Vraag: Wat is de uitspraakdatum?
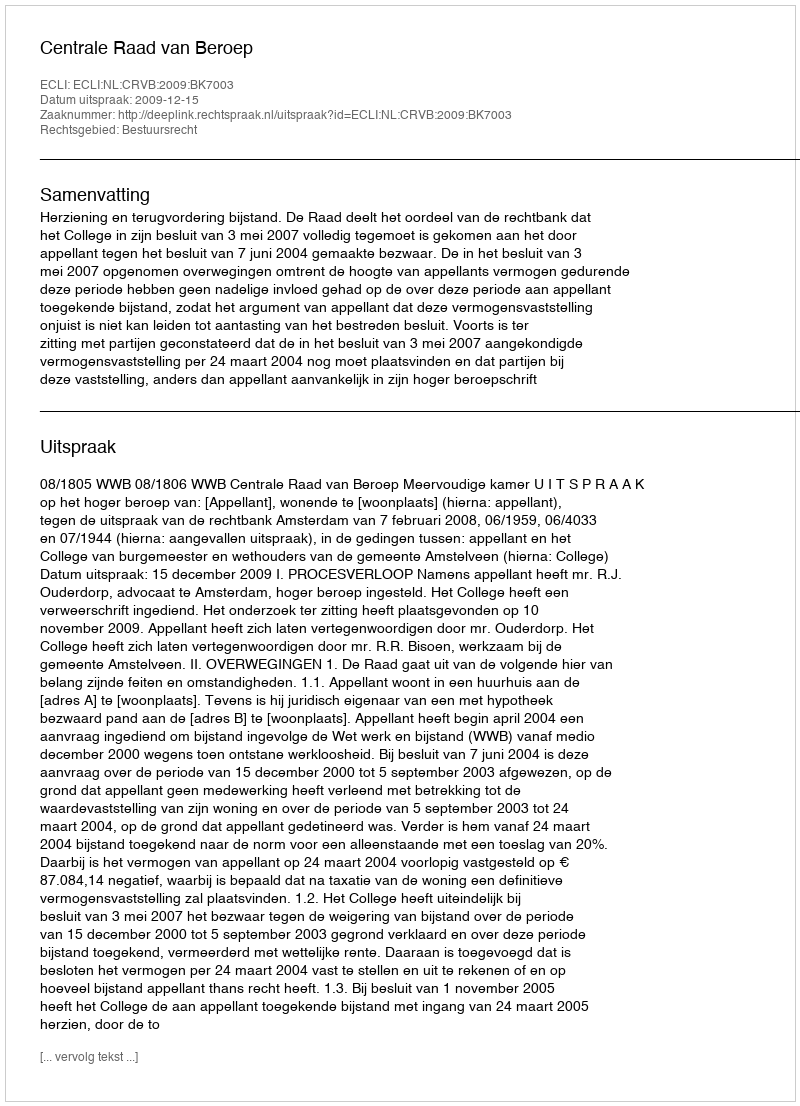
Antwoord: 2009-12-15